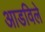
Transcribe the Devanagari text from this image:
आडविले